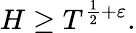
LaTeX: H\geq T^{{\frac{1}{2}}+\varepsilon}.